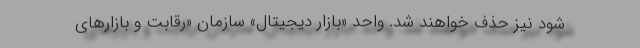
شود نیز حذف خواهند شد. واحد «بازار دیجیتال» سازمان «رقابت و بازارهای